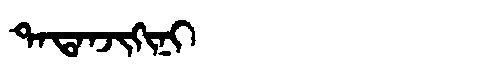
Manchu: ᡨᠠᡨᠠᠨᠵᡳᡴᡳᠨᡳ
Romanization: TATANJIKINI